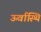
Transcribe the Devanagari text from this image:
ऊर्वास्थि